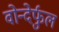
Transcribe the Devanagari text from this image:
वोन्देर्फुल